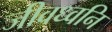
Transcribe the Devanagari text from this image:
जीवध्वनि